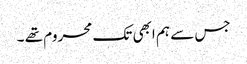
جس سے ہم ابھی تک محروم تھے ۔